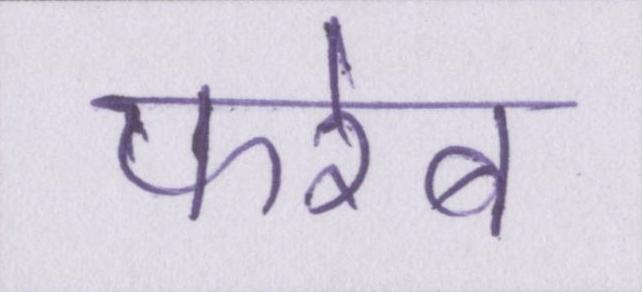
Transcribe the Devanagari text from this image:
फरेब